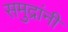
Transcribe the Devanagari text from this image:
समुद्रांनी